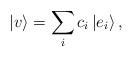
LaTeX: \begin{align*}|v\rangle=\sum_{i}c_{i}\left| e_{i}\right\rangle ,\end{align*}